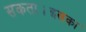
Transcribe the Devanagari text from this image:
सकता।इसका